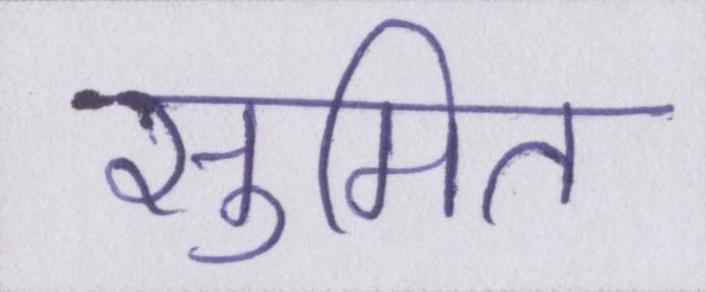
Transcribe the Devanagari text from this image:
सुमित